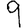
Digit: 9